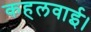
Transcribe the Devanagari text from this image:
कहलवाई।